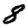
Digit: 8